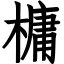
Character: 槦